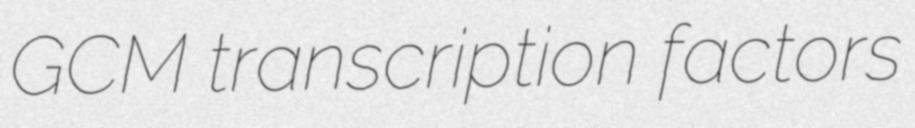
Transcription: GCM transcription factors